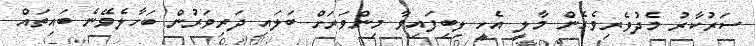
ސަރުކާރު މެދުވެރިވެގެން މާލީ އެހީ ލިބިފައިވާ މިންވަރަށް ބަލައި ދަރިވަރުން ބަހާލެވޭނެ ބައިތައް